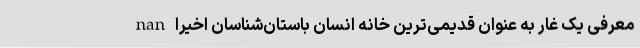
nan معرفی یک غار به عنوان قدیمی‌ترین خانه انسان باستان‌شناسان اخیرا